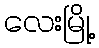
လေးမြို့